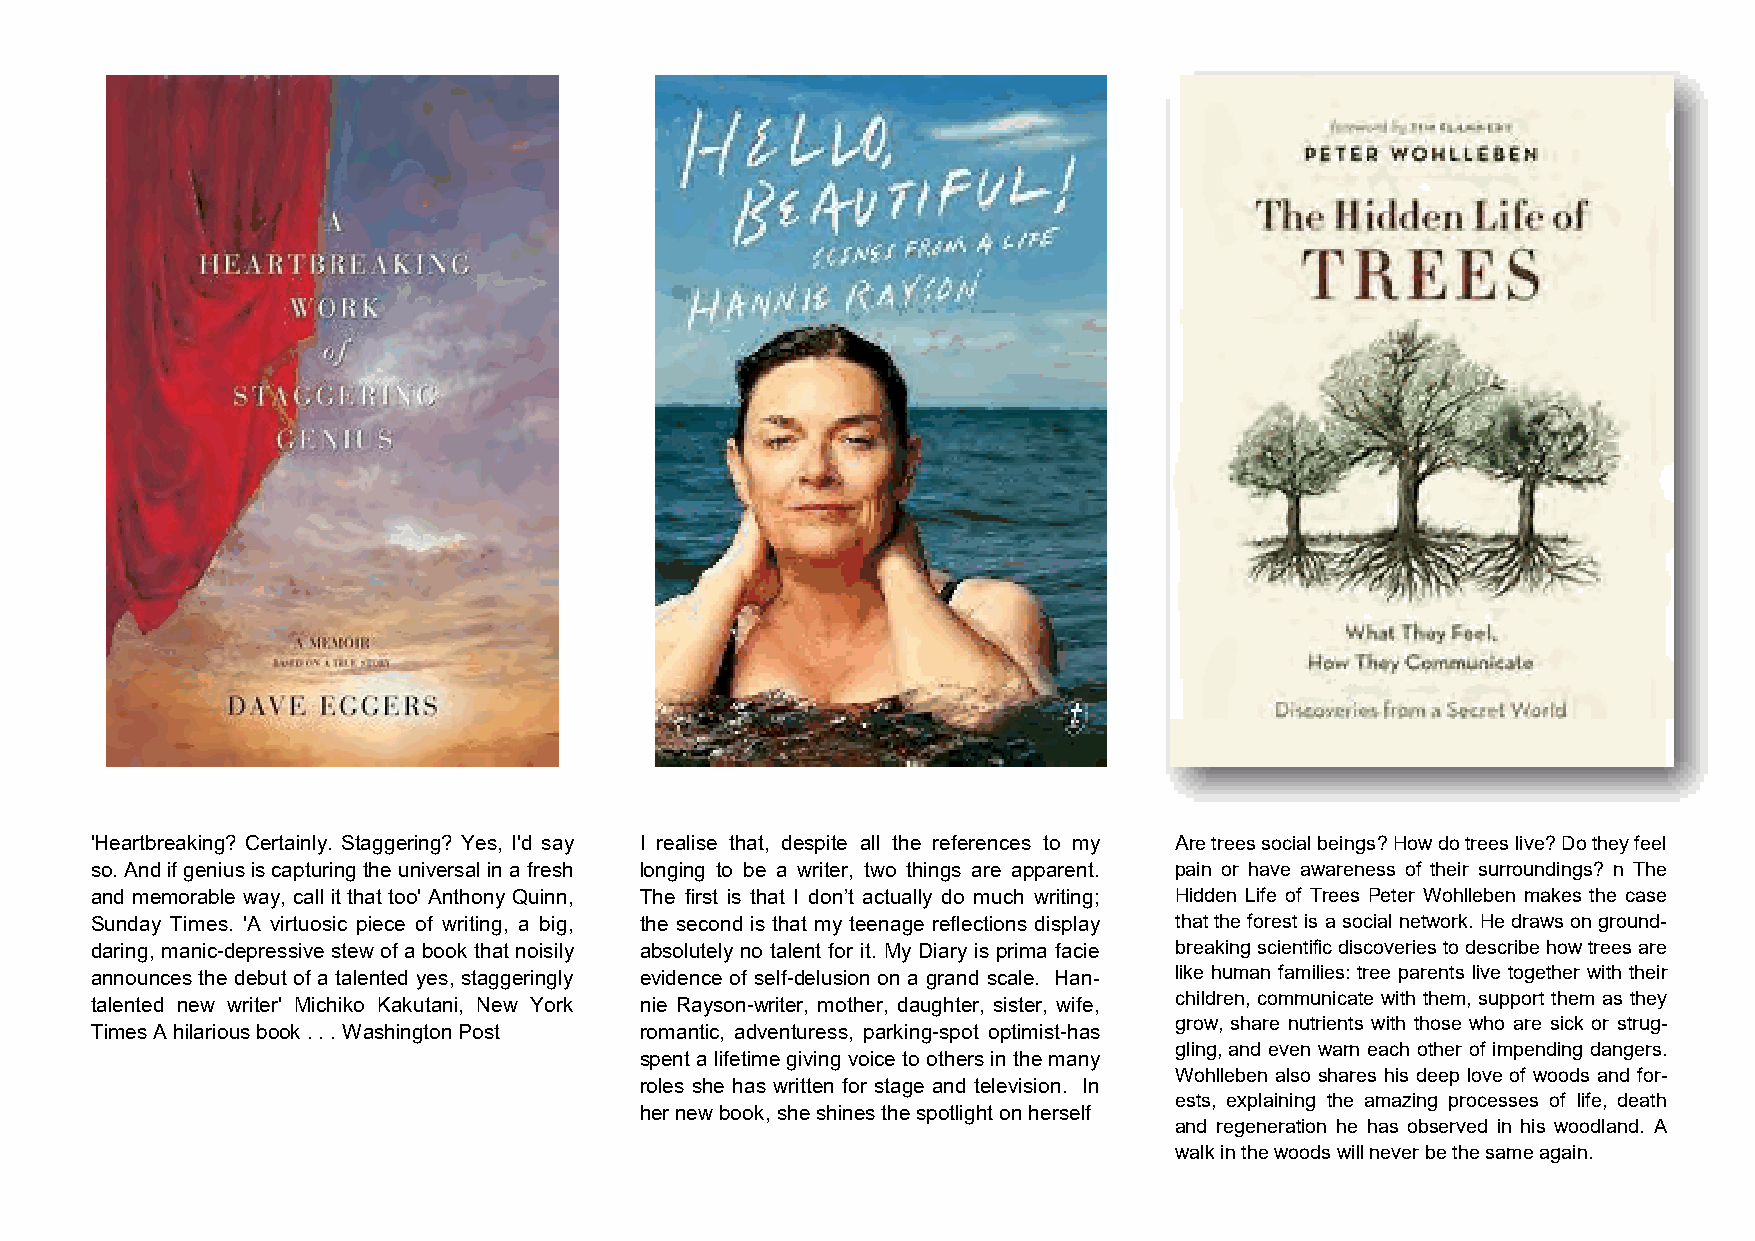
'Heartbreaking? Certainly. Staggering? Yes, I'd say I realise that, despite all the references to my Are trees social beings? How do trees live? Do they feel
 so. And if genius is capturing the universal in a fresh longing to be a writer, two things are apparent. pain or have awareness of their surroundings? n The
 and memorable way, call it that too' Anthony Quinn, The first is that I don’t actually do much writing; Hidden Life of Trees Peter Wohlleben makes the case
 Sunday Times. 'A virtuosic piece of writing, a big, the second is that my teenage reflections display that the forest is a social network. He draws on ground-
 daring, manic-depressive stew of a book that noisily absolutely no talent for it. My Diary is prima facie breaking scientific discoveries to describe how trees are
 announces the debut of a talented yes, staggeringly evidence of self-delusion on a grand scale. Han- like human families: tree parents live together with their
 children, communicate with them, support them as they
 talented new writer' Michiko Kakutani, New York nie Rayson-writer, mother, daughter, sister, wife,
 grow, share nutrients with those who are sick or strug-
 Times A hilarious book . . . Washington Post romantic, adventuress, parking-spot optimist-has
 gling, and even warn each other of impending dangers.
 spent a lifetime giving voice to others in the many
 Wohlleben also shares his deep love of woods and for-
 roles she has written for stage and television. In
 ests, explaining the amazing processes of life, death
 her new book, she shines the spotlight on herself
 and regeneration he has observed in his woodland. A
 walk in the woods will never be the same again.